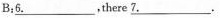
B：\underline{6.}，there \underline{7.}.